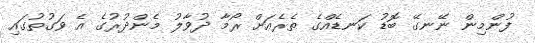
ފުންމިން ނޭނގޭ ބޮޑު ކަނޑެއްގެ ތެރެއަށް ރޯމާ ދުވާލު މެންދުރުގެ އެ ވަގުތުގައި